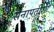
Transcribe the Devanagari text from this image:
सेनापतीशी